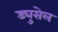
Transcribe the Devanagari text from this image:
ड्युसेल